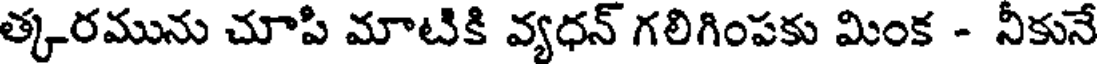
త్కరమును చూపి మాటికి వ్యధన్ గలిగింపకు మింక - నీకునే